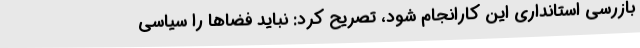
بازرسی استانداری این کارانجام شود، تصریح کرد: نباید فضاها را سیاسی